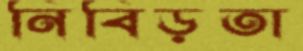
নিবিড়তা